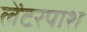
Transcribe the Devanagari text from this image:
लेंटरपाश